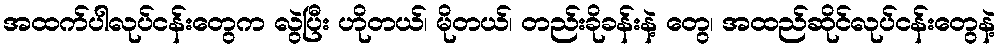
အထက်ပါလုပ်ငန်းတွေက လွဲပြီး ဟိုတယ်၊ မိုတယ်၊ တည်းခိုခန်းနဲ့ တွေ၊ အထည်ဆိုင်လုပ်ငန်းတွေနဲ့